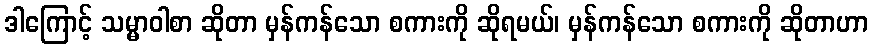
ဒါကြောင့် သမ္မာဝါစာ ဆိုတာ မှန်ကန်သော စကားကို ဆိုရမယ်၊ မှန်ကန်သော စကားကို ဆိုတာဟာ